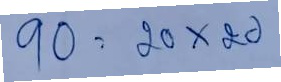
90 =20x20